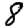
Digit: 8